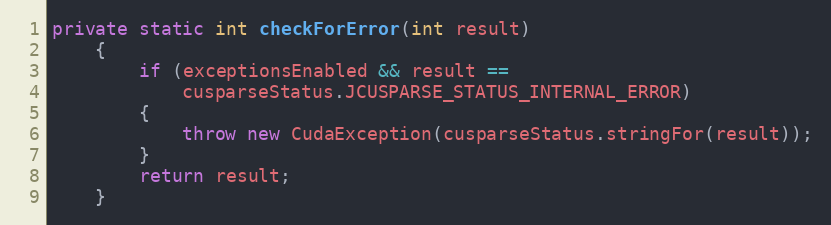
Language: Java
private static int checkForError(int result)
    {
        if (exceptionsEnabled && result ==
            cusparseStatus.JCUSPARSE_STATUS_INTERNAL_ERROR)
        {
            throw new CudaException(cusparseStatus.stringFor(result));
        }
        return result;
    }